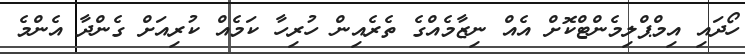
ހޯދައި އިމްޕްލިމެންޓްކޮށް އެއް ނިޒާމެއްގެ ތެރެއިން ހުރިހާ ކަމެއް ކުރިއަށް ގެންދާ އެންމެ